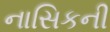
નાસિકની